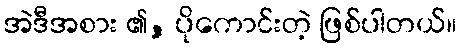
အဲဒီအစား ၏, ပိုကောင်းတဲ့ ဖြစ်ပါတယ်။